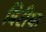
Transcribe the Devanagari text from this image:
बिरीया